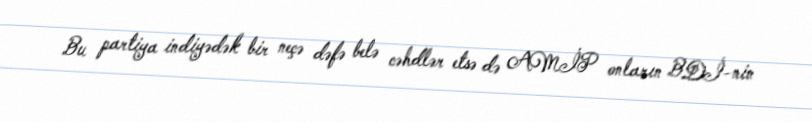
Bu partiya indiyədək bir neçə dəfə belə cəhdlər etsə də AMİP onların BDİ-nin